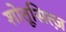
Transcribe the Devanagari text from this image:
शोतूसित्ज़